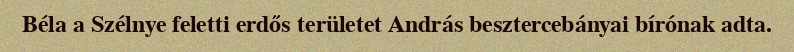
Béla a Szélnye feletti erdős területet András besztercebányai bírónak adta.